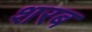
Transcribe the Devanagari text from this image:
शरब